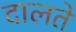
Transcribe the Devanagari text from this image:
दालते